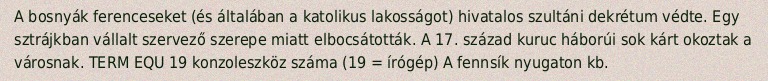
A bosnyák ferenceseket (és általában a katolikus lakosságot) hivatalos szultáni dekrétum védte. Egy sztrájkban vállalt szervező szerepe miatt elbocsátották. A 17. század kuruc háborúi sok kárt okoztak a városnak. TERM EQU 19 konzoleszköz száma (19 = írógép) A fennsík nyugaton kb.